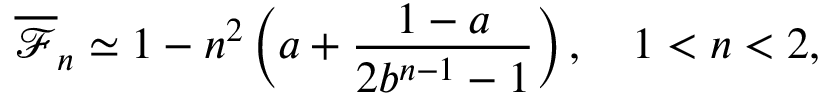
\overline { { \mathcal { F } } } _ { n } \simeq 1 - n ^ { 2 } \left( a + \frac { 1 - a } { 2 b ^ { n - 1 } - 1 } \right) , \quad 1 < n < 2 ,